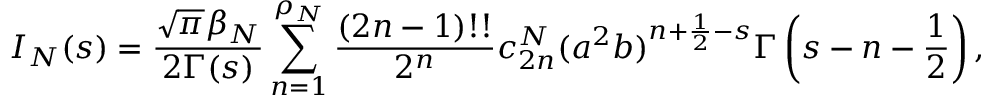
I _ { N } ( s ) = { \frac { \sqrt \pi \beta _ { N } } { 2 \Gamma ( s ) } } \sum _ { n = 1 } ^ { \rho _ { N } } { \frac { ( 2 n - 1 ) ! ! } { 2 ^ { n } } } c _ { 2 n } ^ { N } ( a ^ { 2 } b ) ^ { n + \frac 1 2 - s } \Gamma \left( s - n - \frac 1 2 \right) ,